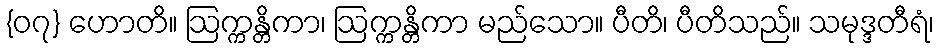
{၀၇} ဟောတိ။ ဩက္ကန္တိကာ၊ ဩက္ကန္တိကာ မည်သော။ ပီတိ၊ ပီတိသည်။ သမုဒ္ဒတီရံ၊